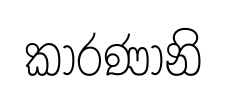
කාරණානි